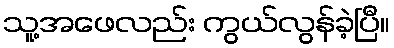
သူ့အဖေလည်း ကွယ်လွန်ခဲ့ပြီ။